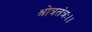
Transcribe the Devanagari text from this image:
श्रोत्रतंत्रः।।